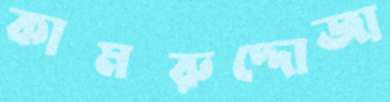
কামরুদ্দোজা